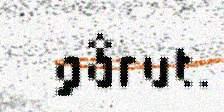
gårut.